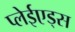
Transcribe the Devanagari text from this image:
प्लेईएड्स